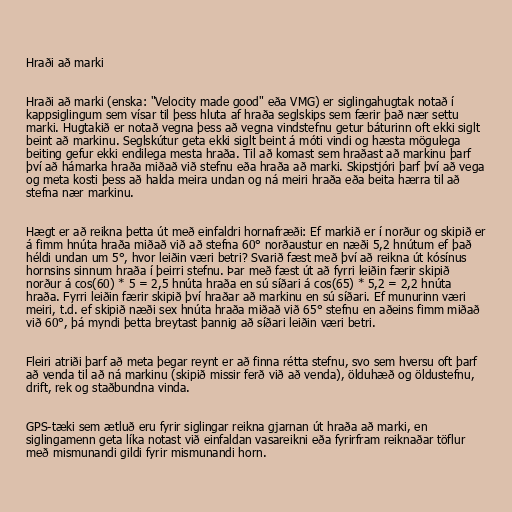
Hraði að marki

Hraði að marki (enska: "Velocity made good" eða VMG) er siglingahugtak notað í
kappsiglingum sem vísar til þess hluta af hraða seglskips sem færir það nær settu
marki. Hugtakið er notað vegna þess að vegna vindstefnu getur báturinn oft ekki siglt
beint að markinu. Seglskútur geta ekki siglt beint á móti vindi og hæsta mögulega
beiting gefur ekki endilega mesta hraða. Til að komast sem hraðast að markinu þarf
því að hámarka hraða miðað við stefnu eða hraða að marki. Skipstjóri þarf því að vega
og meta kosti þess að halda meira undan og ná meiri hraða eða beita hærra til að
stefna nær markinu.

Hægt er að reikna þetta út með einfaldri hornafræði: Ef markið er í norður og skipið er
á fimm hnúta hraða miðað við að stefna 60° norðaustur en næði 5,2 hnútum ef það
héldi undan um 5°, hvor leiðin væri betri? Svarið fæst með því að reikna út kósínus
hornsins sinnum hraða í þeirri stefnu. Þar með fæst út að fyrri leiðin færir skipið
norður á cos(60) * 5 = 2,5 hnúta hraða en sú síðari á cos(65) * 5,2 = 2,2 hnúta
hraða. Fyrri leiðin færir skipið því hraðar að markinu en sú síðari. Ef munurinn væri
meiri, t.d. ef skipið næði sex hnúta hraða miðað við 65° stefnu en aðeins fimm miðað
við 60°, þá myndi þetta breytast þannig að síðari leiðin væri betri.

Fleiri atriði þarf að meta þegar reynt er að finna rétta stefnu, svo sem hversu oft þarf
að venda til að ná markinu (skipið missir ferð við að venda), ölduhæð og öldustefnu,
drift, rek og staðbundna vinda.

GPS-tæki sem ætluð eru fyrir siglingar reikna gjarnan út hraða að marki, en
siglingamenn geta líka notast við einfaldan vasareikni eða fyrirfram reiknaðar töflur
með mismunandi gildi fyrir mismunandi horn.